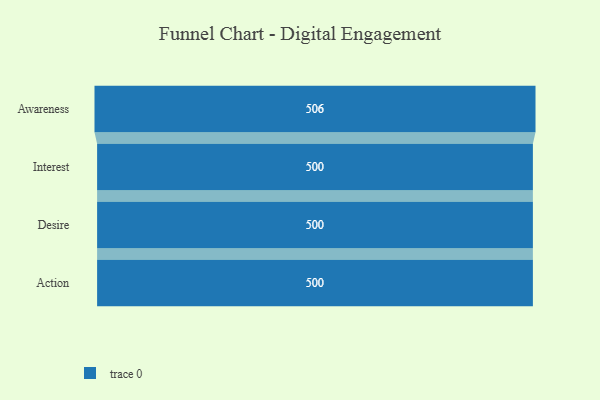
{"axis": {"x": "Stage", "y": "Value"}, "legend": [""], "data": [{"x": "Awareness", "y": 506.0, "type": ""}, {"x": "Interest", "y": 500, "type": ""}, {"x": "Desire", "y": 500, "type": ""}, {"x": "Action", "y": 500, "type": ""}]}